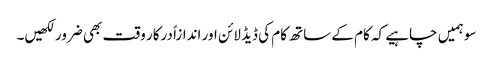
سو ہمیں چاہیے کہ کام کے ساتھ کام کی ڈیڈ لائن اور اندازاً درکار وقت بھی ضرور لکھیں۔